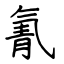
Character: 氰